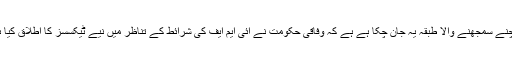
سوچنے سمجھنے والا طبقہ یہ جان چکا ہے ہے کہ وفاقی حکومت نے آئی ایم ایف کی شرائط کے تناظر میں نیے ٹیکسسز کا اطلاق کیا ہے۔